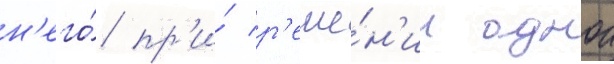
н'его́ пр'и́ р'еше́н'ии однои